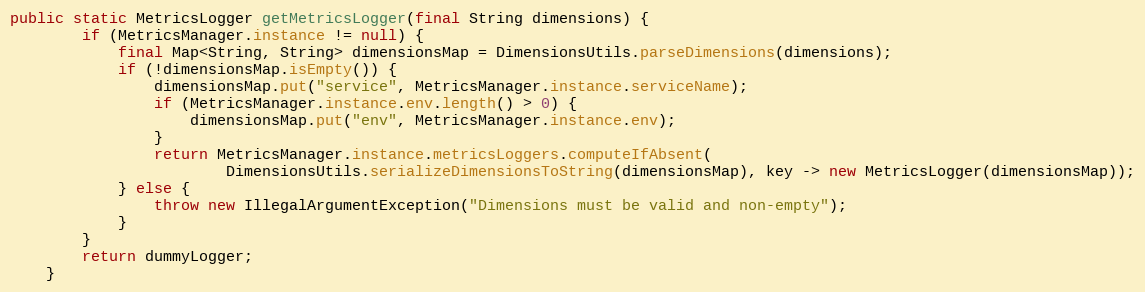
Language: Java
public static MetricsLogger getMetricsLogger(final String dimensions) {
        if (MetricsManager.instance != null) {
            final Map<String, String> dimensionsMap = DimensionsUtils.parseDimensions(dimensions);
            if (!dimensionsMap.isEmpty()) {
                dimensionsMap.put("service", MetricsManager.instance.serviceName);
                if (MetricsManager.instance.env.length() > 0) {
                    dimensionsMap.put("env", MetricsManager.instance.env);
                }
                return MetricsManager.instance.metricsLoggers.computeIfAbsent(
                        DimensionsUtils.serializeDimensionsToString(dimensionsMap), key -> new MetricsLogger(dimensionsMap));
            } else {
                throw new IllegalArgumentException("Dimensions must be valid and non-empty");
            }
        }
        return dummyLogger;
    }